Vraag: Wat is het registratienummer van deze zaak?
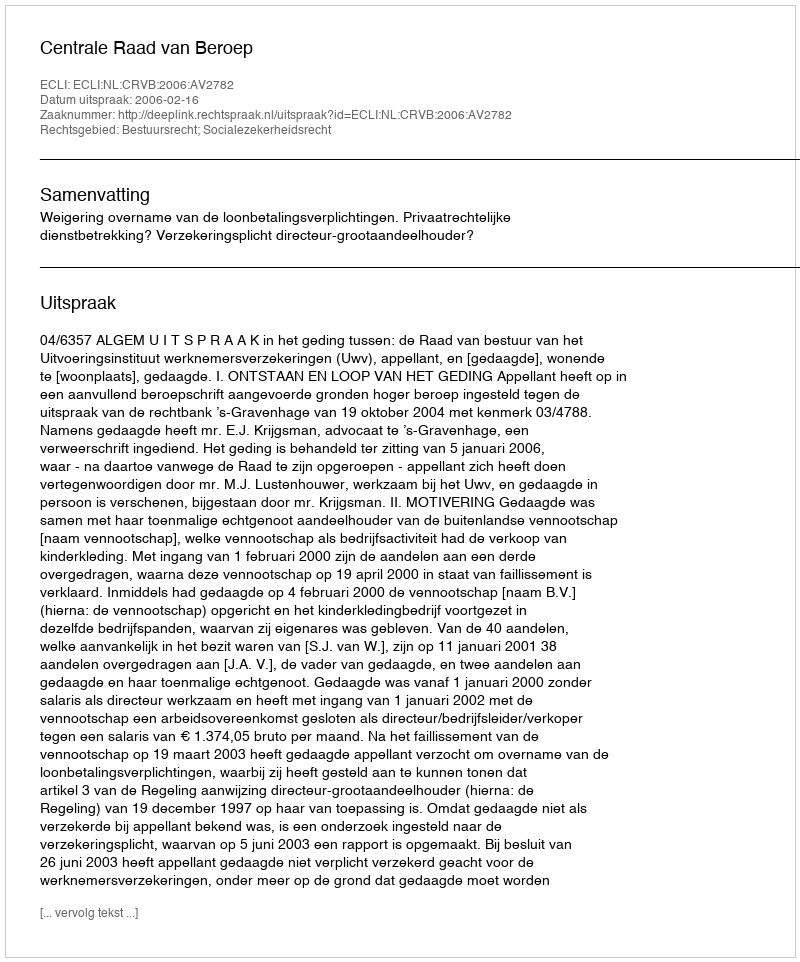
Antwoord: http://deeplink.rechtspraak.nl/uitspraak?id=ECLI:NL:CRVB:2006:AV2782